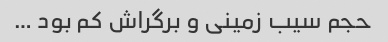
حجم سیب زمینی و برگراش کم بود …